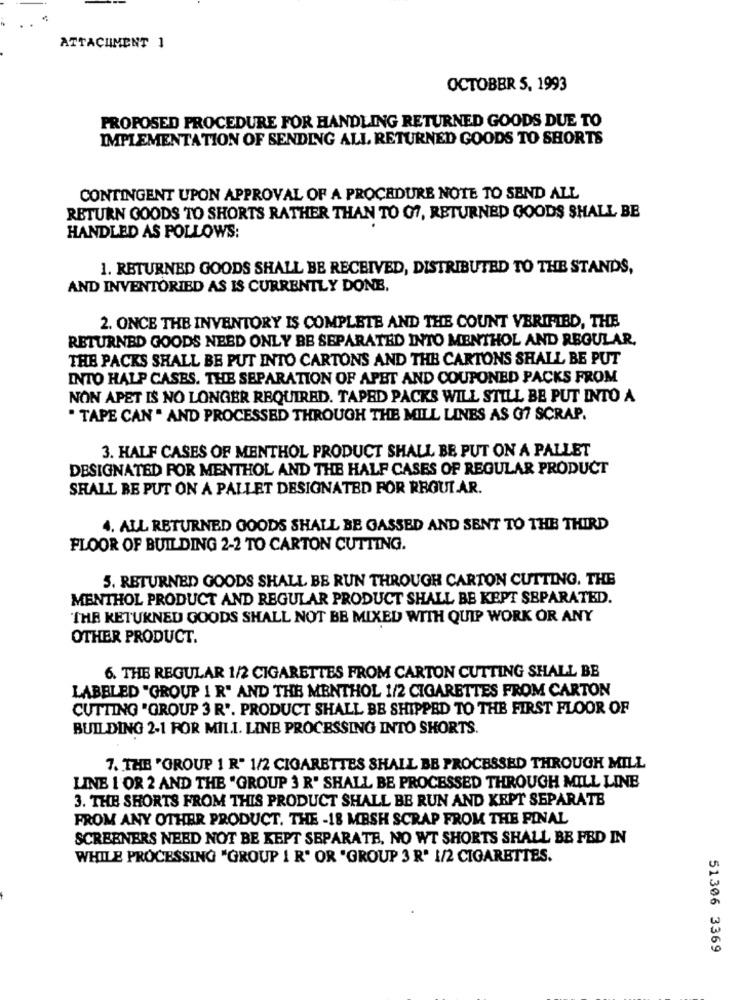
ATTACHMENT 1
OCTOBER 5, 1993
PROPOSED PROCEDURE FOR HANDLING RETURNED GOODS DUE TO
IMPLEMENTATION OF SENDING ALL RETURNED GOODS TO SHORTS
CONTINGENT UPON APPROVAL OF A PROCEDURE NOTE TO SEND ALL
RETURN GOODS TO SHORTS RATHER THAN TO 07, RETURNED GOODS SHALL BE
HANDLED AS FOLLOWS:
1. RETURNED GOODS SHALL BE RECEIVED, DISTRIBUTED TO THE STANDS,
AND INVENTORIED AS IS CURRENTLY DONE,
2. ONCE THE INVENTORY IS COMPLETE AND THE COUNT VERIFIED, THE
RETURNED GOODS NEED ONLY BE SEPARATED INTO MENTHOL AND REGULAR,
THE PACKS SHALL BE PUT INTO CARTONS AND THE CARTONS SHALL BE PUT
INTO HALP CASES. THE SEPARATION OF APET AND COUPONED PACKS FROM
NON APET IS NO LONGER REQUIRED. TAPED PACKS WILL STILL BE PUT INTO A
" TAPE CAN . AND PROCESSED THROUGH THE MILL LINES AS 07 SCRAP.
3. HALF CASES OF MENTHOL PRODUCT SHALL BE PUT ON A PALLET
DESIGNATED FOR MENTHOL AND THE HALF CASES OF REGULAR PRODUCT
SHALL BE PUT ON A PALLET DESIGNATED FOR REGULAR.
4. ALL RETURNED GOODS SHALL BE GASSED AND SENT TO THE THIRD
FLOOR OF BUILDING 2-2 TO CARTON CUTTING.
3. RETURNED GOODS SHALL BE RUN THROUGH CARTON CUTTING. THE
MENTHOL PRODUCT AND REGULAR PRODUCT SHALL BE KEPT SEPARATED.
THE KETUKNED GOODS SHALL NOT BE MIXED WITH QUIP WORK OR ANY
OTHER PRODUCT.
6. THE REGULAR 1/2 CIGARETTES FROM CARTON CUTTING SHALL BB
LABELED "GROUP 1 R" AND THE MENTHOL 1/2 CIGARETTES FROM CARTON
CUTTING 'GROUP 3 R'. PRODUCT SHALL BE SHIPPED TO THE FIRST FLOOR OF
BUILDING 2-1 FOR MIL.I. LINE PROCESSING INTO SHORTS.
7. THE 'GROUP 1 R" 1/2 CIGARETTES SHALL BE PROCESSED THROUGH MILL
LINE 1 OR 2 AND THE "GROUP 3 R' SHALL BE PROCESSED THROUGH MILL LINE
3. THE SHORTS FROM THIS PRODUCT SHALL BE RUN AND KEPT SEPARATE
FROM ANY OTHER PRODUCT. THE -18 MESH SCRAP FROM THE FINAL
SCREENERS NEED NOT BE KEPT SEPARATE, NO WT SHORTS SHALL BE FED IN
WHILE PROCESSING "GROUP 1 R' OR "GROUP 3 R' 1/2 CIGARETTES.
51306 3369